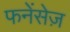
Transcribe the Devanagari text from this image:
फनेंसेज़